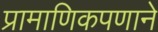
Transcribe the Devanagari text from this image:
प्रामाणिकपणाने